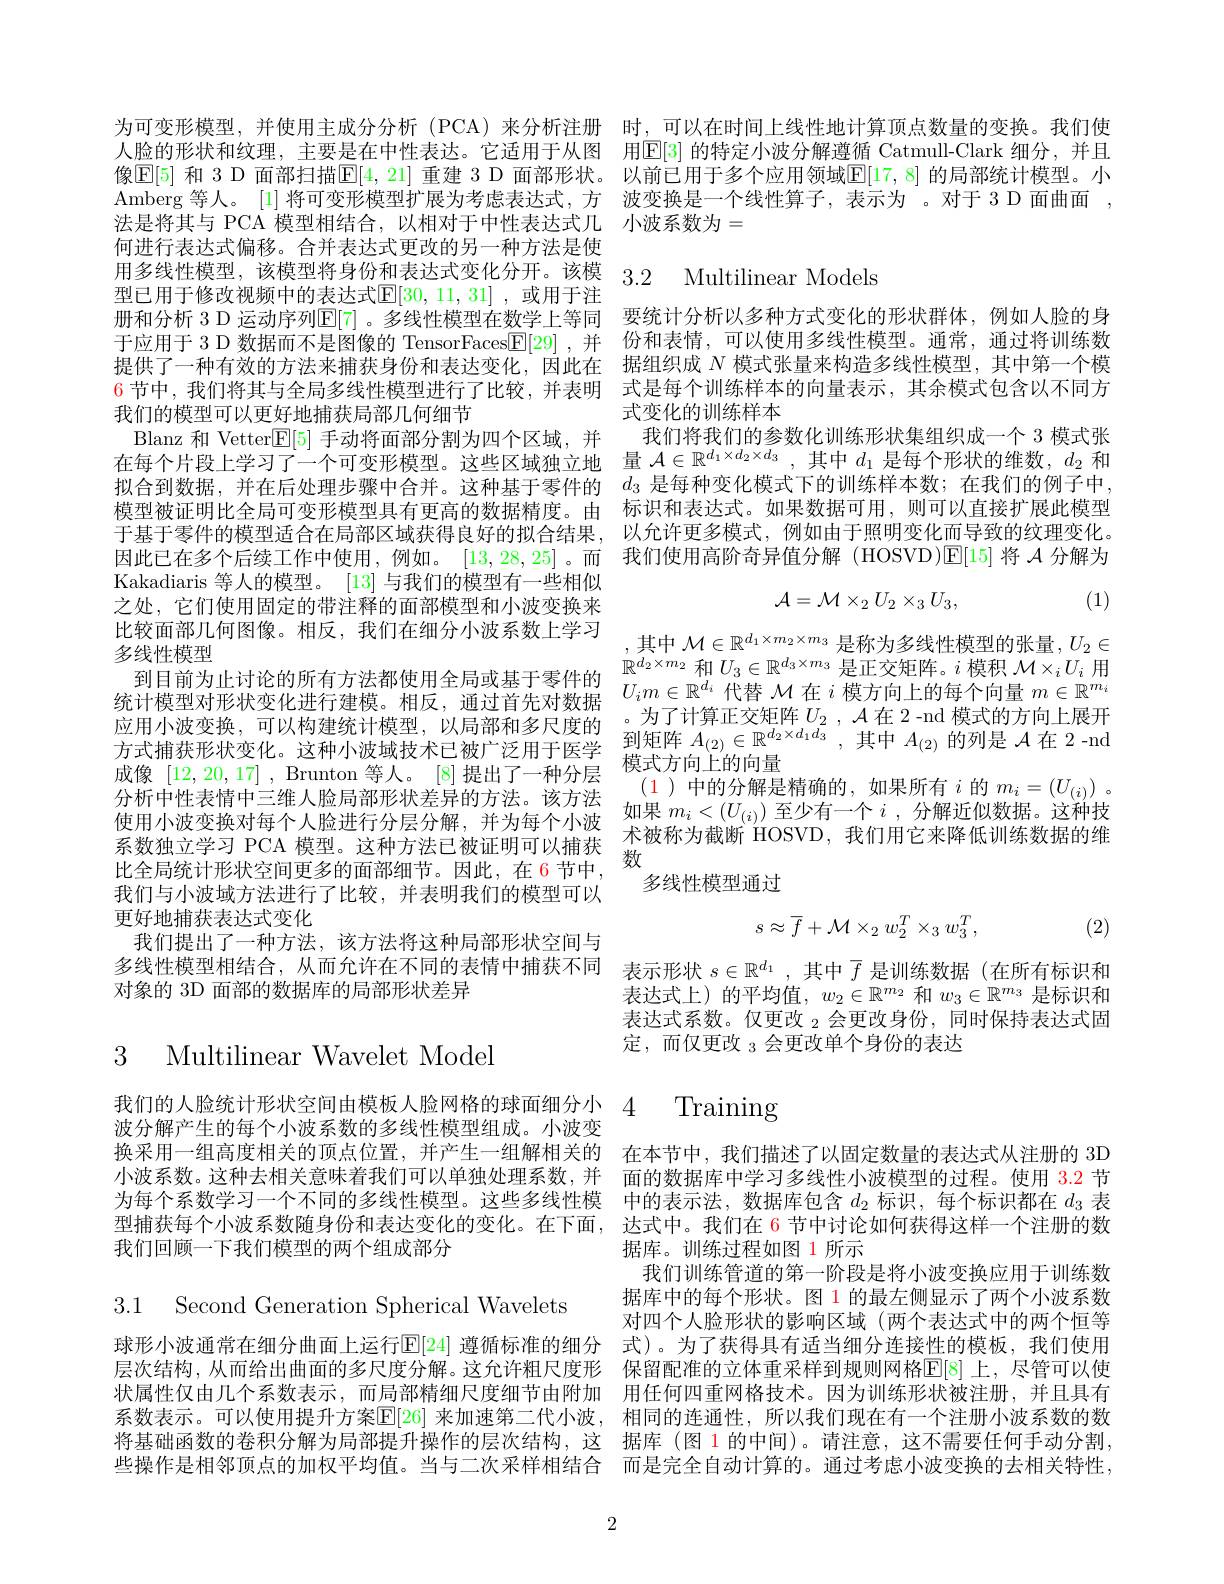
何进行表达式偏移。合并表达式更改的另一种方法是使型已用于修改视频中的表达式$\mathbb{E}[30,11,31]$ ,或用于注我们的模型可以更好地捕获局部几何细节
Blanz 和 Vetter$\mathbb{E}[5]$手动将面部分割为四个区域，并Kakadiaris 等人的模型。[13] 与我们的模型有一些相似之处，它们使用固定的带注释的面部模型和小波变换来比较面部几何图像。相反，我们在细分小波系数上学习多线性模型
统计模型对形状变化进行建模。相反，通过首先对数据
应用小波变换，可以构建统计模型，以局部和多尺度的 。为了计算正交矩阵$U_2,\mathcal{A}$在 2 -nd 模式的方左 川 小 城 史 成 , 可 以 问 定 元 川 民 主 , 以 同 即 的 少 人 及 可 方 式 捕 获 形 状 变 化 。这 种 小 波 域 技 术 已 被 广 泛 用 于 医 学 到 矩 阵 $A_{( 2) }\in \mathbb{R} ^{d_2\times d_1d_3}$,其 中 $A_{( 2) }$ 的 列 是 $\mathcal{A}$ 在 2 - nich 成 像 [ 12 20 17] Brunton 等 人 [8] 提 出 了 一 轴 分 是 模 式 方 向 上 的 向 量成像[12,20,17] , Brunton 等人。[8] 提出了一种分层分析中性表情中三维人脸局部形状差异的方法。该方法使用小波变换对每个人脸进行分层分解，并为每个小波$\begin{array}{ll}\text{如果 }m_i<(U_{(i)})\text{ 至少有一个 }i\end{array}$ 系数独立学习 PCA 模型。这种方法已被证明可以捕获$\begin{array}{c}\text{术被称为截断}\\\text{米竹用它来降低训练数据的维}\\\text{系数独立学习 PCA 模型。这种方法已被证明可以捕获}\\\text{ 粉}\end{array}$ 比全局统计形状空间更多的面部细节。因此，在 6 节中， 我们与小波域方法进行了比较，并表明我们的模型可以更好地捕获表达式变化
我们提出了一种方法，该方法将这种局部形状空间与
多线性模型相结合，从而允许在不同的表情中捕获不同 表示形状$s\in\mathbb{R}^{d_1}$,其中$\overline{f}$是训练数据 (在所有标识和
对象的 3D 面部的数据库的局部形状差异

# 3 Multilinear Wavelet Model

波分解产生的每个小波系数的多线性模型组成。小波变
换采用一组高度相关的顶点位置，并产生一组解相关的 在本节中，我们描述了以固定数量的表达式从注册的 3D 小波系数。这种去相关意味着我们可以单独处理系数，并 面的数据库中学习多线性小波模型的过程。使用$\color{red}{3.2}$节为每个系数学习一个不同的多线性模型。这些多线性模 中的表示法，数据库包含$d_2$标识，每个标识都在$d_3$ 型捕获每个小波系数随身份和表达变化的变化。在下面，达式中。我们在$\color{red}{6}$节中讨论如何获得这样一个注册的数我们回顾一下我们模型的两个组成部分

3.1 Second Generation Spherical Wavelets

2

为可变形模型，并使用主成分分析 (PCA)来分析注册 时，可以在时间上线性地计算顶点数量的变换。我们使人脸的形状和纹理，主要是在中性表达。它适用于从图 用$\mathbb{E}[3]$ 的特定小波分解遵循 Catmull-Clar 像$\mathbb{E}[5]$ 和 3 D 面部扫描$\mathbb{E}[4,21]$ 重建 3 D 面部形状。以前已用于多个应用领域$\mathbb{E}[17,8]$ 的局部统计模型。小Amberg 等人。[1] 将可变形模型扩展为考虑表达式，方 波变换是一个线性算子，表示为 。对于 3 D 面曲面， 法是将其与 PCA 模型相结合，以相对于中性表达式几 小波系数为=

# 用多线性模型，该模型将身份和表达式变化分开。该模 3.2 Multilinear Models

册和分析 3 D 运动序列$\mathbb{E}[7]$。多线性模型在数学上等同 要统计分析以多种方式变化的形状群体，例如人脸的身于应用于 3 D 数据而不是图像的 TensorFaces$\underline{\mathrm{E}}[29]$ ,并 份和表情，可以使用多线性模型。通常，通过将训练数提供了一种有效的方法来捕获身份和表达变化，因此在 据组织成$N$模式张量来构造多线性模型，其中第一个模6 节中，我们将其与全局多线性模型进行了比较，并表明 式是每个训练样本的向量表示，其余模式包含以不同方
式变化的训练样本
我们将我们的参数化训练形状集组织成一个 3 模式张
在每个片段上学习了一个可变形模型。这些区域独立地 量$\mathcal{A}\in\mathbb{R}^{d_1\times d_2\times d_3}$,其中$d_1$是每个形状的维数，$d_2$和拟合到数据，并在后处理步骤中合并。这种基于零件的$d_{3}$是每种变化模式下的训练样本数；在我们的例子中， 模型被证明比全局可变形模型具有更高的数据精度。由 标识和表达式。如果数据可用，则可以直接扩展此模型于基于零件的模型适合在局部区域获得良好的拟合结果，以允许更多模式，例如由于照明变化而导致的纹理变化。因此已在多个后续工作中使用，例如。[13,28,25] 。而 我们使用高阶奇异值分解 (HOSVD)$\mathbb{E}[15]$将$\mathcal{A}$分解为
$$\mathcal{A}=\mathcal{M}\times_{2}U_{2}\times_{3}U_{3},$$
(1)

,其中$\mathcal{M}\in\mathbb{R}^d_1\times m_2\times m_3$是称为多线性模型的张量$,U_2\in$ $\mathbb{R}^{d_2\times m_2}$和$U_3\in\mathbb{R}^d_3\times m_3$是正交矩阵。$i$模积$\mathcal{M}\times_iU_i$用(1)中的分解是精确的，如果所有$i$的$m_i=(U_{(i)})$。数
多线性模型通过
$$s\approx\overline{f}+\mathcal{M}\times_2w_2^T\times_3w_3^T,$$
(2)

表达式上)的平均值，$w_2\in\mathbb{R}^m_2$和$w_3\in\mathbb{R}^m_3$是标识和表达式系数。仅更改$_{2}$会更改身份，同时保持表达式固定，而仅更改$_3$会更改单个身份的表达

我们的人脸统计形状空间由模板人脸网格的球面细分小4 Training

据库。训练过程如图 1 所示
我们训练管道的第一阶段是将小波变换应用于训练数据库中的每个形状。图 1 的最左侧显示了两个小波系数对四个人脸形状的影响区域(两个表达式中的两个恒等
球形小波通常在细分曲面上运行$\mathbb{E}[24]$ 遵循标准的细分 式)。为了获得具有适当细分连接性的模板，我们使用层次结构，从而给出曲面的多尺度分解。这允许粗尺度形 保留配准的立体重采样到规则网格$\mathbb{E}[8]$ 上，尽管可以使状属性仅由几个系数表示，而局部精细尺度细节由附加 用任何四重网格技术。因为训练形状被注册，并且具有系数表示。可以使用提升方案$\mathbb{E}[$26] 来加速第二代小波，相同的连通性，所以我们现在有一个注册小波系数的数将基础函数的卷积分解为局部提升操作的层次结构，这 据库 (图 1 的中间)。请注意，这不需要任何手动分割， 些操作是相邻顶点的加权平均值。当与二次采样相结合 而是完全自动计算的。通过考虑小波变换的去相关特性，